Vaccination North-Western Provinces and Oudh 1878-1895 - 1878-1895
Year: 1878
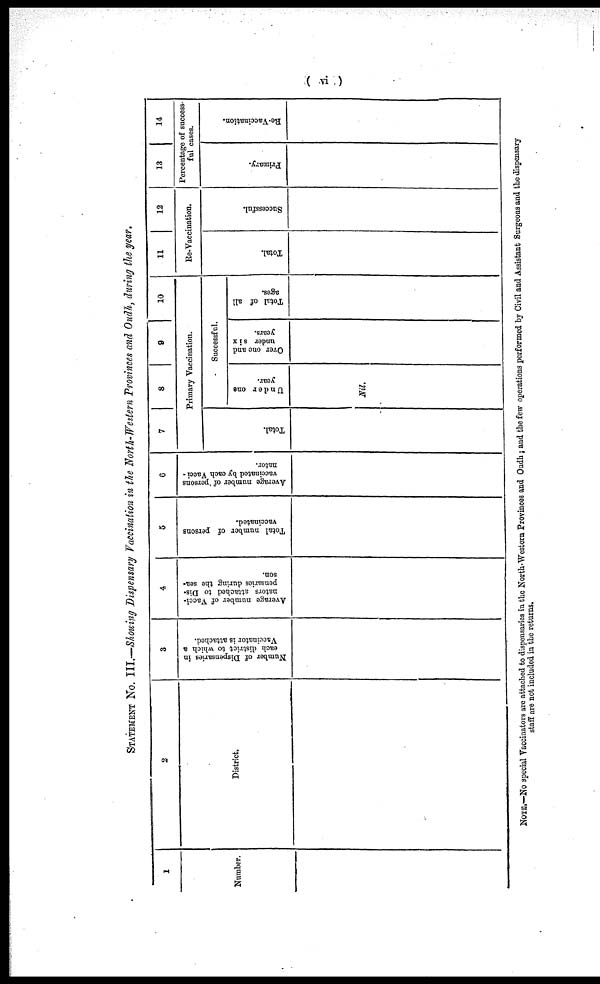
( vi )
STATEMENT
No. III.—Showing Dispensary Vaccination in the North- Western Provinces and Oudh, during the year.
1
Number.
2
District.
3
Number of Dispensaries in
each district to which a
Vaccinator is attached.
4
Average number of Vacci-
nators attached to Dis-
pensaries during the sea-
son.
5
Total number of persons
vaccinated.
6
Average number of persons
vaccinated by each Vacci -
nator
7
8
9
10
Primary Vaccination.
Total.
Successful.
Under one
year.
Nil.
Over one and
under six
years.
Total of all
ages.
11
12
Re-Vaccination.
Total.
Successful.
13
14
Percentage of success-
ful cases.
Primary.
Re-Vaccination.
NOTE.—No special Vaccinators are attached to dispensaries in the North-Western Provinces and Oudh ; and the few operations performed by Civil and Assistant Surgeons and the dispensary
staff are not included in the returns.